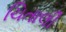
ચિતાલી